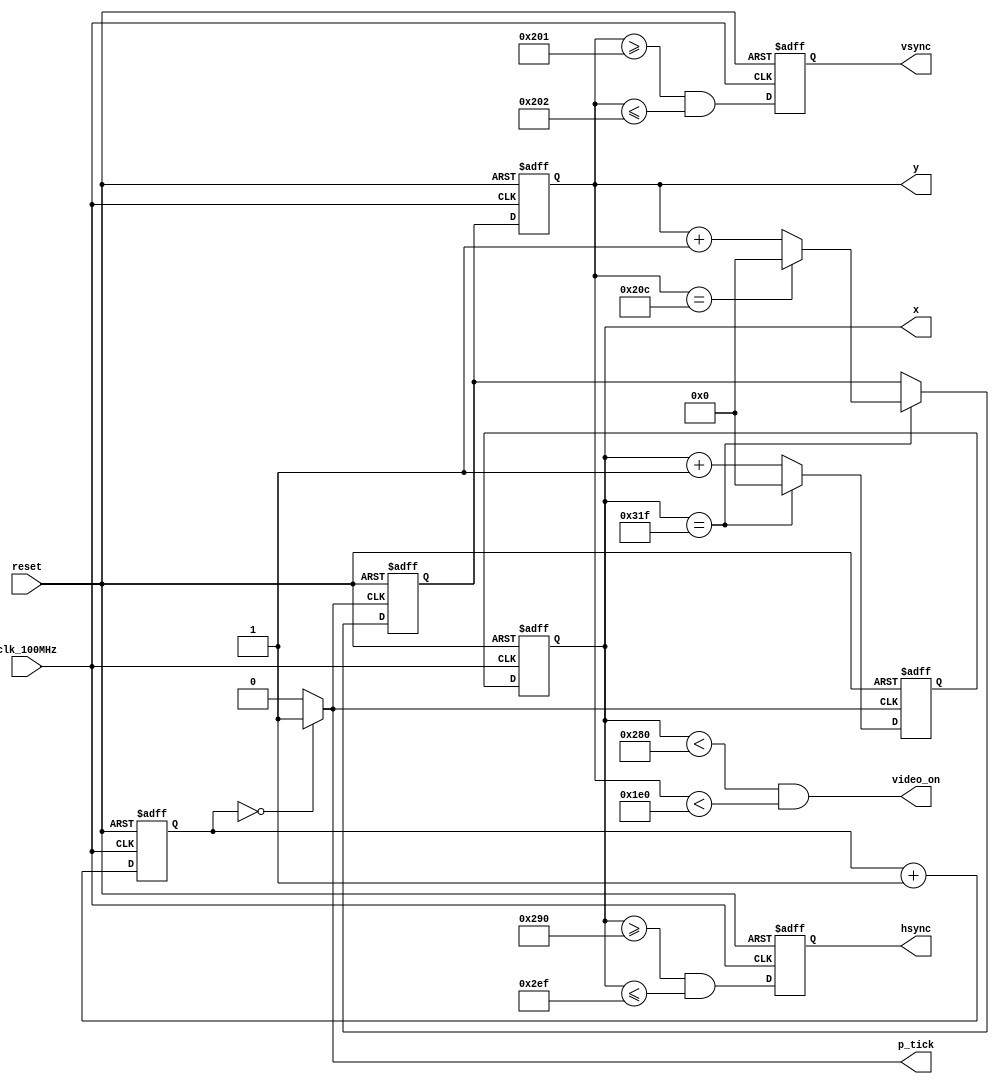
module vga_controller(
    input clk_100MHz,    // from Basys 3
    input reset,        // sustem reset
    output video_on,    // ON while pixel counts for x and y and with in display area
    output hsync,       // horisontal sync
    output vsync,       // vertical sync
    output p_tick,      // the 25Mhz pixel/second rate signal, pixel tick
    output [9:0] x,     // pixel count/position of pixel x, max 0-799
    output [9:0] y      // pixel count/position of pixel y, max 0-524
);

    // Based on VGA standards found at vesa.org for 640x480 resolution
    // Total horizontal width of screen = 800 pixels, partitoned into sections
    parameter HD = 640;     // horizontal display area width in pixels
    parameter HF = 48;      // horizontal front porch width in pixels
    parameter HB = 16;      // horizontal back porch width in pixels
    parameter HR = 96;      // horizontal retrace width in pixels
    parameter HMAX = HD+HF+HB+HR-1; // max value of horizontal counter = 799

    // Total vertical length of screen = 525 pixels, partitioned into sections
    parameter VD = 480;     // vertical display area length in pixels
    parameter VF = 10;      // vertical front porch length in pixels
    parameter VB = 33;      // vertical back porch length in pixels
    parameter VR = 2;       // vertical retrace length in pixels
    parameter VMAX = VD+VF+VB+VR-1; // max value of vertical counter = 524

    // *** Generate 25Mhz from 100Mhz---------------------------------------------------
    reg [1:0] r_25MHz;
    wire w_25MHz;

    always @(posedge clk_100MHz or posedge reset)
        if (reset)
            r_25MHz <= 0;
        else
            r_25MHz <= r_25MHz + 1;

    assign w_25MHz = (r_25MHz == 0) ? 1 : 0;    // assert tick 1/4 of the time
    //--------------------------------------------------------------------------------------

    // Counter Register, two each for buffering to avoid glitches
    reg [9:0] h_count_reg, h_count_next;
    reg [9:0] v_count_reg, v_count_next;

    // Output Buffers
    reg v_sync_reg, h_sync_reg;
    wire v_sync_next, h_sync_next;

    // Register Control
    always @(posedge clk_100MHz or posedge reset)
        if (reset) begin
            v_count_reg <= 0;
            h_count_reg <= 0;
            v_sync_reg  <= 1'b0;
            h_sync_reg  <= 1'b0;
        end
        else begin
            v_count_reg <= v_count_next;
            h_count_reg <= h_count_next;
            v_sync_reg  <= v_sync_next;
            h_sync_reg  <= h_sync_next;
        end

        // Logic for horizontal counter
        always @(posedge w_25MHz or posedge reset) // pixel tick
            if (reset)
                h_count_next = 0;
            else
                if (h_count_reg == HMAX)    // end of horizontal scan
                    h_count_next = 0;
                else
                    h_count_next = h_count_reg + 1;

        // Logic for vertical counter
        always @(posedge w_25MHz or posedge reset)
            if (reset)
                v_count_next = 0;
            else
                if (h_count_reg == HMAX)    // end of horisontal scan
                    if (v_count_reg == VMAX)    // end of vertical scan
                        v_count_next = 0;
                    else
                        v_count_next = v_count_reg + 1;


        // h_sync_next asserted within the horizontal retrace area
        assign h_sync_next = (h_count_reg >= (HD+HB) && h_count_reg <= (HD+HB+HR-1));

        // v_sync_next asserted within the vertical retrace area
        assign v_sync_next = (v_count_reg >= (VD+VB) && v_count_reg <= (VD+VB+VR-1));

        // Video ON/OFF - only ON while pixel counts are within the display area
        assign video_on = (h_count_reg < HD) && (v_count_reg < VD); // 0-639 and 0-479 respectively

        // Outputs
        assign hsync = h_sync_reg;
        assign vsync = v_sync_reg;
        assign x     = h_count_reg;
        assign y     = v_count_reg;
        assign p_tick = w_25MHz;
                
endmodule